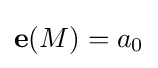
\mathbf {e} (M)=a_{0}